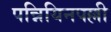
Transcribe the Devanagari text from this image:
पन्नियिनपल्ली